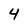
Character: 4